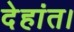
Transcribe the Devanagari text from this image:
देहांत।